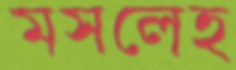
মসলেহ